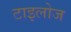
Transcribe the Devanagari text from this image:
टाइलोज